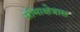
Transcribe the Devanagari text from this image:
सीमाक्षेत्रास